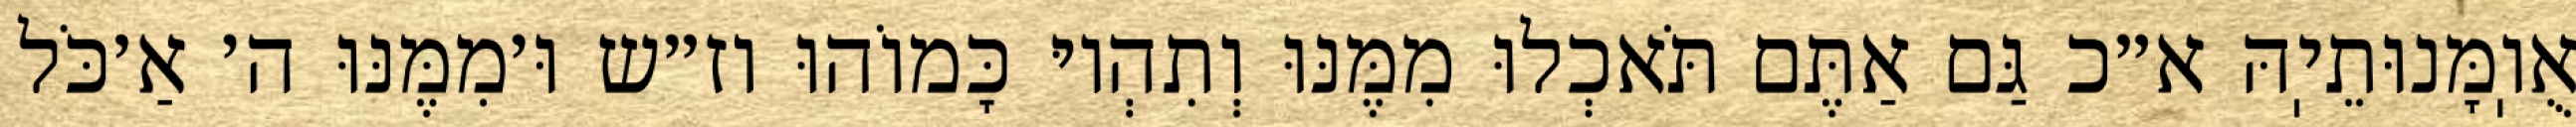
אֻוֽמָּנוּתֵיֽהּ א״כ גַּם אַתֶּם תֹּאכְלוּ מִמֶּנּוּ וְתִהְיוּ כָּמוֹהוּ וז״ש וּ׳מִמֶּנּוּ ה׳ אַ׳כֹּל